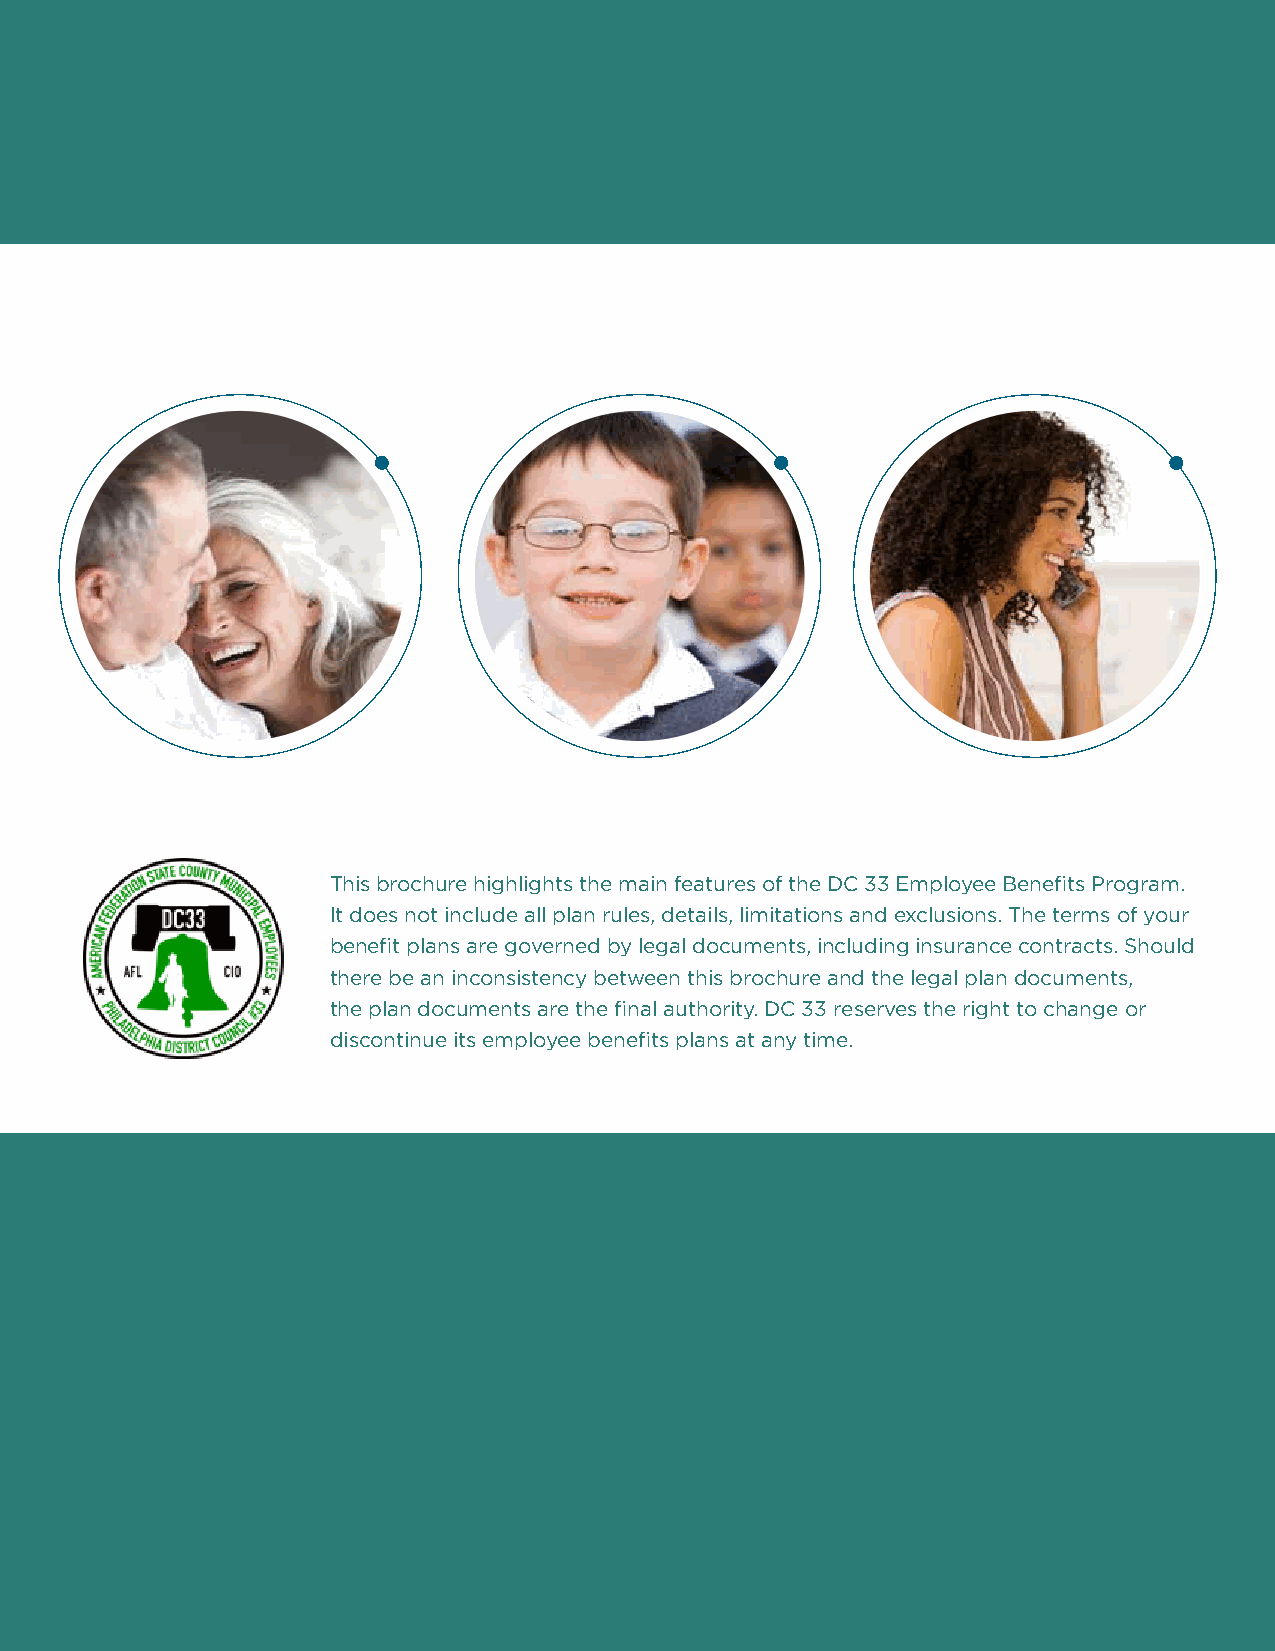
This brochure highlights the main features of the DC 33 Employee Benefits Program.
 It does not include all plan rules, details, limitations and exclusions. The terms of your
 benefit plans are governed by legal documents, including insurance contracts. Should
 there be an inconsistency between this brochure and the legal plan documents,
 the plan documents are the final authority. DC 33 reserves the right to change or
 discontinue its employee benefits plans at any time.